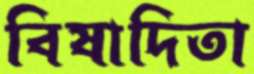
বিষাদিতা